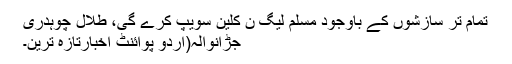
تمام تر سازشوں کے باوجود مسلم لیگ ن کلین سویپ کرے گی، طلال چوہدری
جڑانوالہ(اُردو پوائنٹ اخبارتازہ ترین۔